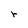
Character: r